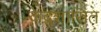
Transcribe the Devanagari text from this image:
के॓द्रशासित